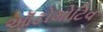
ઑટોમોટિવ